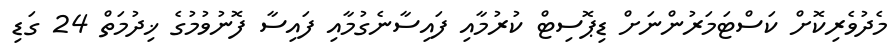
މެދުވެރިކޮށް ކަސްޓަމަރުންނަށް ޑިޕޮސިޓް ކުރުމާއި ފައިސާނެގުމާއި ފައިސާ ފޮނުވުމުގެ ޚިދުމަތް 24 ގަޑި